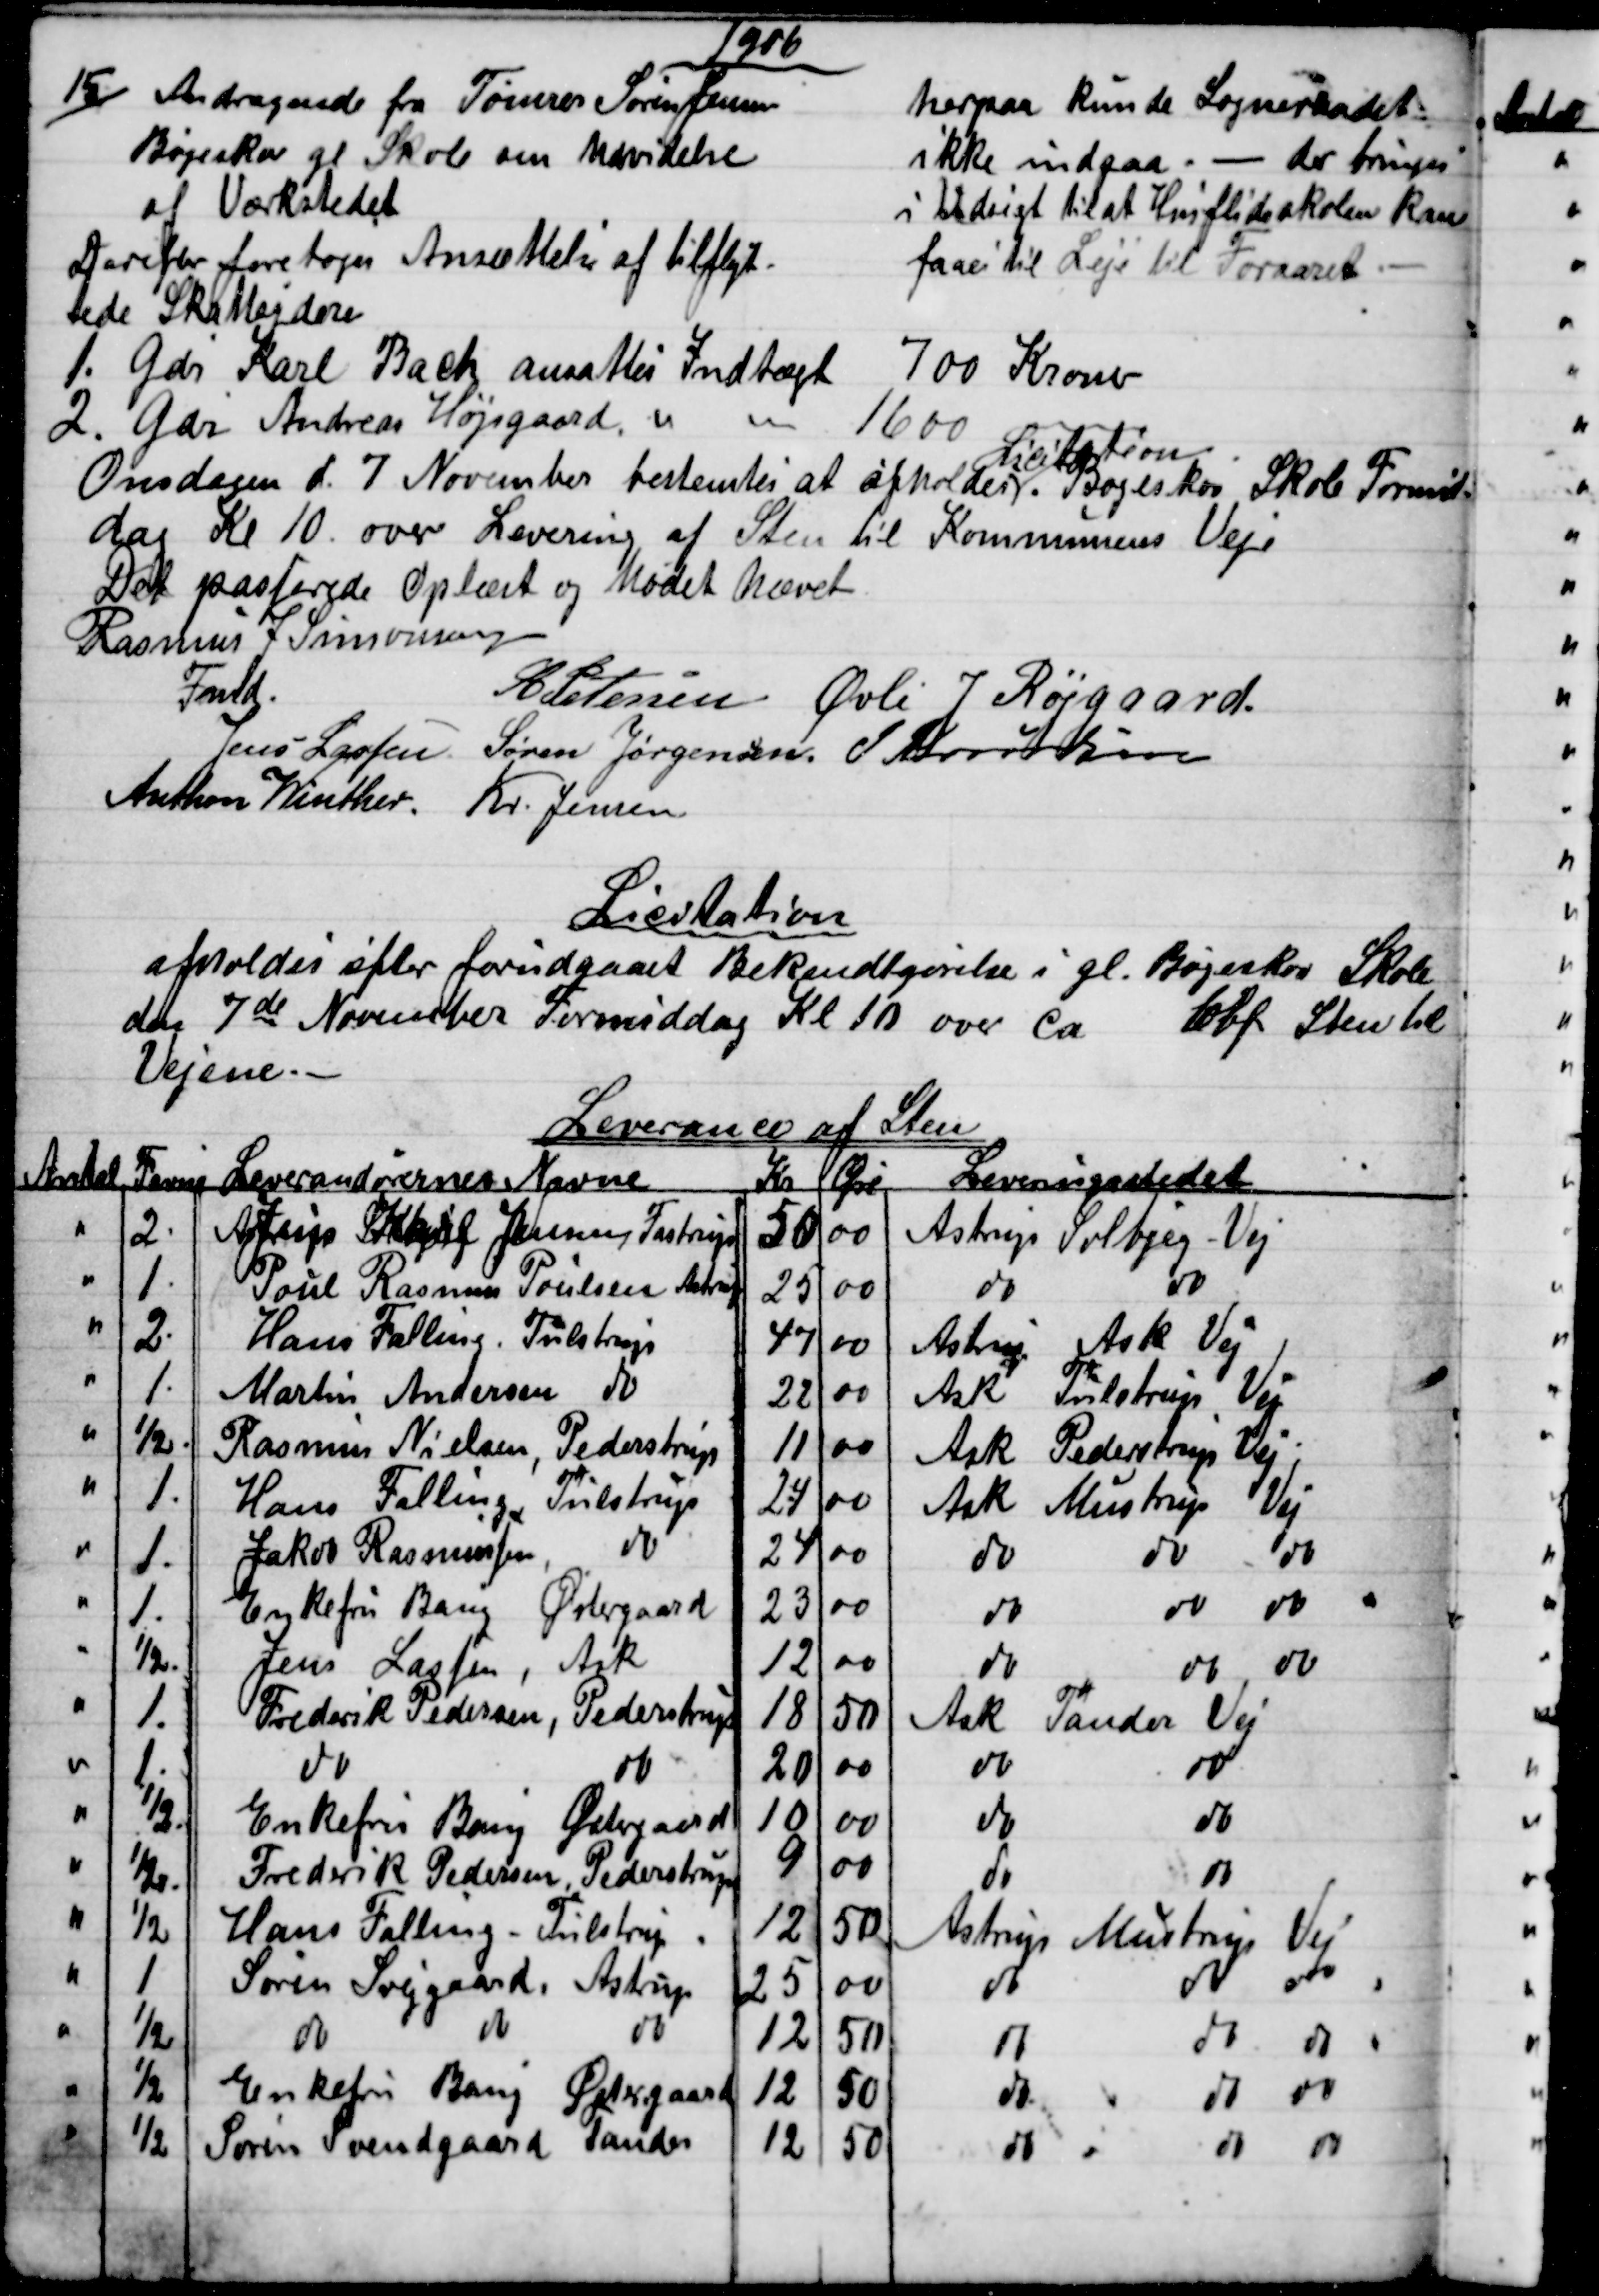
Transskription:
1906
15) Andragende fra Tømrer Søren Jensen
Bøgeskov gl Skole om Udvidelse
af Værkstedet
herpaa kunde Sogneraadet
ikke indgaa. - der bringes
i Udsigt til at Husflidsskolen kan
faaes til Leje til Foraaret.
Derefter foretoges Ansættelse af tilflyt-
tede Skatteydere
1. Gdr Karl Bach ansattes indtægt
700 Kroner
2. Gdr Andreas Højsgaard
1600 Kroner
Onsdagen d. 7 November bestemtes at afholder 
Licitation
Bøgeskov Skole Formid-
dag Kl 10. over Levering af Sten til Kommunens Veje
Det passerede Oplæst og Mødet hævet
Rasmus J Simonsen
Fmd.
A Petersen Øvli J Røjgaard.
Jens Lassen Søren Jørgensen J Knudsen
Anthon Winther. Kr. Jensen
Licitation
afholdes efter forudgaaet Bekendtgørelse i gl. Bøgeskov Skole
den 7de November Formiddag Kl 10 over Ca. Cbf Sten til
Vejene.
Leverance af Sten
Antal
Favne
Leverandørernes Navne
 Kr  
Øre
Leveringstedet
2
Jens Karl Jensen, Fastrup
50
00
Astrup Solbjerg-Vej
1
Poul Rasmus Poulsen Astrup
25
00
do
do
2
Hans Falling Tulstrup
47
00
Astrup Ask Vej
1
Martin Andersen do
22
00
Ask Tulstrup Vej
½
Rasmus Nielsen, Pederstrup
11
00
Ask Pederstrup Vej
1
Hans Falling Tulstrup
24
00
Ask Mustrup Vej
1
Jakob Rasmussen
do
24
00
do
do
do
1
Enkefru Bang
Østergaard
23
00
do
do
do
½
Jens Lassen
Ask
12
00
do
do
do
1
Frederik Pedersen, Pederstrup
18
50
Ask Tander Vej
1
do
do
20
00
do
do
½
Enkefru Bang Østergaard
10
00
do
do
½
Frederik Pedersen, Pederstrup
9
00
do
do
½
Hans Falling -Tulstrup
12
50
Astrup Mustrup Vej
1
Søren Svejgaard, Astrup
25
00
do
do
do
½
do
do
do
12
50
do
do
do
½
Enkefru Bang Østergaard
12
50
do
do 
do 
½
Søren Svendgaard Tander
12
50
do
do 
do